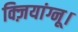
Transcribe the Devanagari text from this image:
क्ज़ियांग्नू।